Lunatic asylums Burma 1907-21 - 1907-1921
Year: 1907
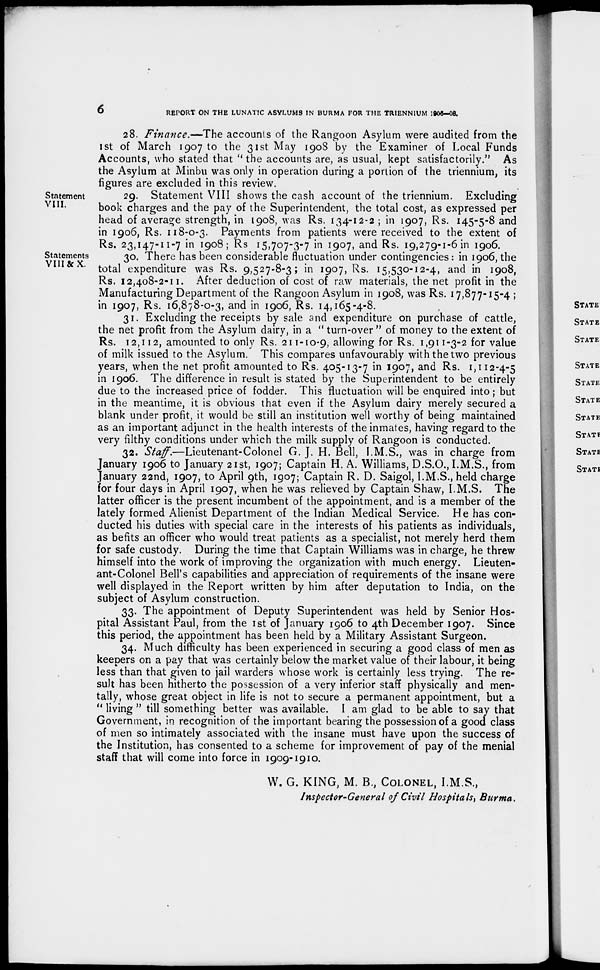
6
REPORT ON THE LUNATIC ASYLUMS IN BURMA FOR THE TRIENNIUM 1906-08.
28. Finance.—The accounts of the Rangoon Asylum were audited from the
1st of March 1907 to the 31st May 1908 by the Examiner of Local Funds
Accounts, who stated that " the accounts are, as usual, kept satisfactorily." As
the Asylum at Minbu was only in operation during a portion of the triennium, its
figures are excluded in this review.
Statement
VIII.
29. Statement VIII shows the cash account of the triennium. Excluding
book charges and the pay of the Superintendent, the total cost, as expressed per
head of average strength, in 1908, was Rs. 134-12-2 ; in 1907, Rs. 145-5-8 and
in 1906, Rs. 118-0-3. Payments from patients were received to the extent of
Rs. 23,147-11-7 in 1908; Rs 15,707-3-7 in 1907, and Rs. 19,279-1-6 in 1906.
Statements
VIII &X.
30. There has been considerable fluctuation under contingencies : in 1906, the
total expenditure was Rs. 9,527-8-3; in 1907, Rs. 15,530-12-4, and in 1908,
Rs. 12,408-2-11. After deduction of cost of raw materials, the net profit in the
Manufacturing Department of the Rangoon Asylum in 1908, was Rs. 17,877-15-4 ;
in 1907, Rs. 16,878-0-3, and in 1906, Rs. 14,165-4-8.
31. Excluding the receipts by sale and expenditure on purchase of cattle,
the net profit from the Asylum dairy, in a " turn-over " of money to the extent of
Rs. 12,112, amounted to only Rs. 211-10-9, allowing for Rs. 1,911-3-2 for value
of milk issued to the Asylum. This compares unfavourably with the two previous
years, when the net profit amounted to Rs. 405-13-7 in 1907, and Rs. 1,112-4-5
in 1906. The difference in result is stated by the Superintendent to be entirely
due to the increased price of fodder. This fluctuation will be enquired into; but
in the meantime, it is obvious that even if the Asylum dairy merely secured a
blank under profit, it would be still an institution well worthy of being maintained
as an important adjunct in the health interests of the inmates, having regard to the
very filthy conditions under which the milk supply of Rangoon is conducted.
32. Staff.—Lieutenant-Colonel G. J. H. Bell, I.M.S., was in charge from
January 1906 to January 21st, 1907; Captain H. A. Williams, D.S.O., I.M.S., from
January 22nd, 1907, to April 9th, 1907; Captain R. D. Saigol, I.M.S., held charge
for four days in April 1907, when he was relieved by Captain Shaw, I.M.S. The
latter officer is the present incumbent of the appointment, and is a member of the
lately formed Alienist Department of the Indian Medical Service. He has con-
ducted his duties with special care in the interests of his patients as individuals,
as befits an officer who would treat patients as a specialist, not merely herd them
for safe custody. During the time that Captain Williams was in charge, he threw
himself into the work of improving the organization with much energy. Lieuten-
ant-Colonel Bell's capabilities and appreciation of requirements of the insane were
well displayed in the Report written by him after deputation to India, on the
subject of Asylum construction.
33. The appointment of Deputy Superintendent was held by Senior Hos-
pital Assistant Paul, from the 1st of January 1906 to 4th December 1907. Since
this period, the appointment has been held by a Military Assistant Surgeon.
34. Much difficulty has been experienced in securing a good class of men as
keepers on a pay that was certainly below the market value of their labour, it being
less than that given to jail warders whose work is certainly less trying. The re-
sult has been hitherto the possession of a very inferior staff physically and men-
tally, whose great object in life is not to secure a permanent appointment, but a
" living " till something better was available. I am glad to be able to say that
Government, in recognition of the important bearing the possession of a good class
of men so intimately associated with the insane must have upon the success of
the Institution, has consented to a scheme for improvement of pay of the menial
staff that will come into force in 1909-1910.
W. G. KING, M. B., COLONEL, I.M.S.,
Inspector-General of Civil Hospitals, Burma.